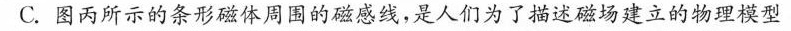
C.图丙所示的条形磁体周围的磁感线，是人们为了描述磁场建立的物理模型